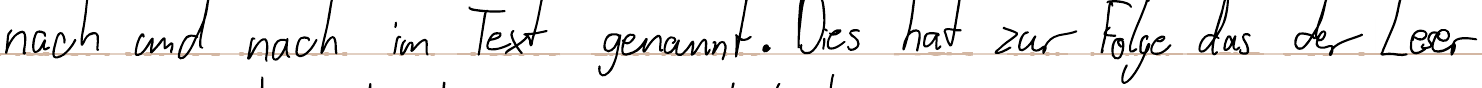
nach und nach im Text genannt. Dies hat zur Folge das der Leser